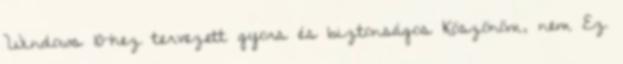
Windows 10-hez tervezett gyors és biztonságos Köszönöm, nem Ez